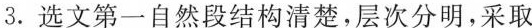
3.选文第一自然段结构清楚，层次分明，采取